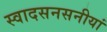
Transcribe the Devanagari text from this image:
स्वादसनसनीयां